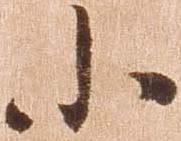
小